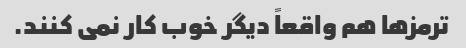
ترمزها هم واقعاً دیگر خوب کار نمی کنند.